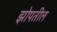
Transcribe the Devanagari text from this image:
झोपतील